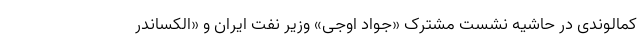
کمالوندی در حاشیه نشست مشترک «جواد اوجی» وزیر نفت ایران و «الکساندر